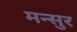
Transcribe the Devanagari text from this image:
मन्सुर